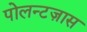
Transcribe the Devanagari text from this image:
पोलन्टज़ास